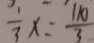
\frac { 1 } { 3 } x = \frac { 1 1 0 } { 3 }